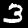
Digit: 3